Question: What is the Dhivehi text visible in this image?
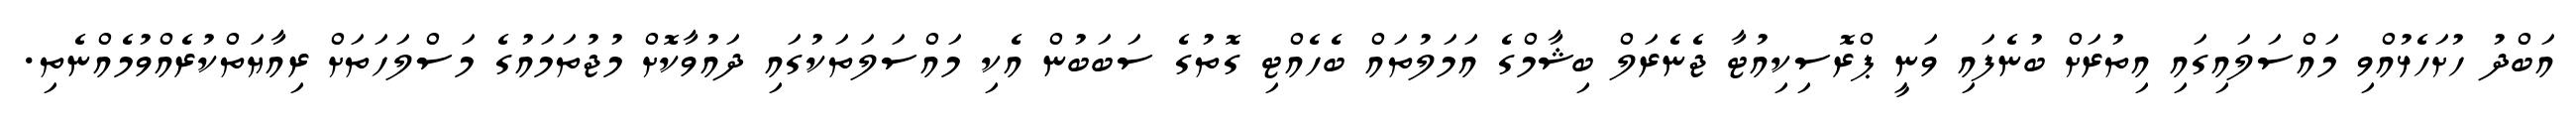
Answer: އަބްދު ހުށަހެޅުއްވި މައްސަލައިގައި އިތުރަށް ބުނެފައި ވަނީ ޕްރޮސިކިއުޓާ ޖެނެރަލް ބިޝާމްގެ އަމަލުތައް ބެހެއްޓި ގޮތުގެ ސަބަބުން އެކި މައްސަލަތަކުގައި ދައުވާކޮށް މުޖުތަމައުގެ މަސްލަހަތަށް ރިއާޔަތްކުރެއްވުމެއްނެތި.